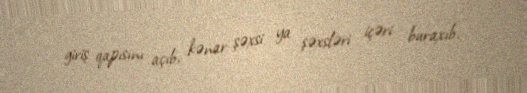
giriş qapısını açıb, kənar şəxsi ya şəxsləri içəri buraxıb.